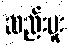
ဆည်းပူး